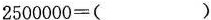
$$2 5 0 0 0 0 0 = ( )$$